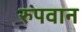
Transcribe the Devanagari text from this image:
रुपवान